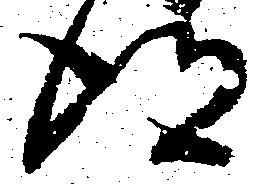
得